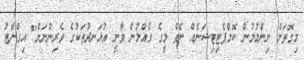
މިގޮތަށް ނިންމުމުން ކޮމްޕެޓިޓިޝަނެއް ނެތް މީގެ ގެއްލުން ވާނީ އުޅަނދުތަކުގެ ވެރިންނަށް" އިގްނާޒު